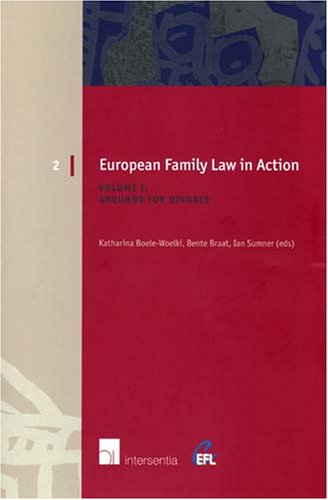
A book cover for Conflicts between Fundamental Rights; Law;